38_143685_box_Incident_Summaries_173-233
Agency: Department of War
Page 50
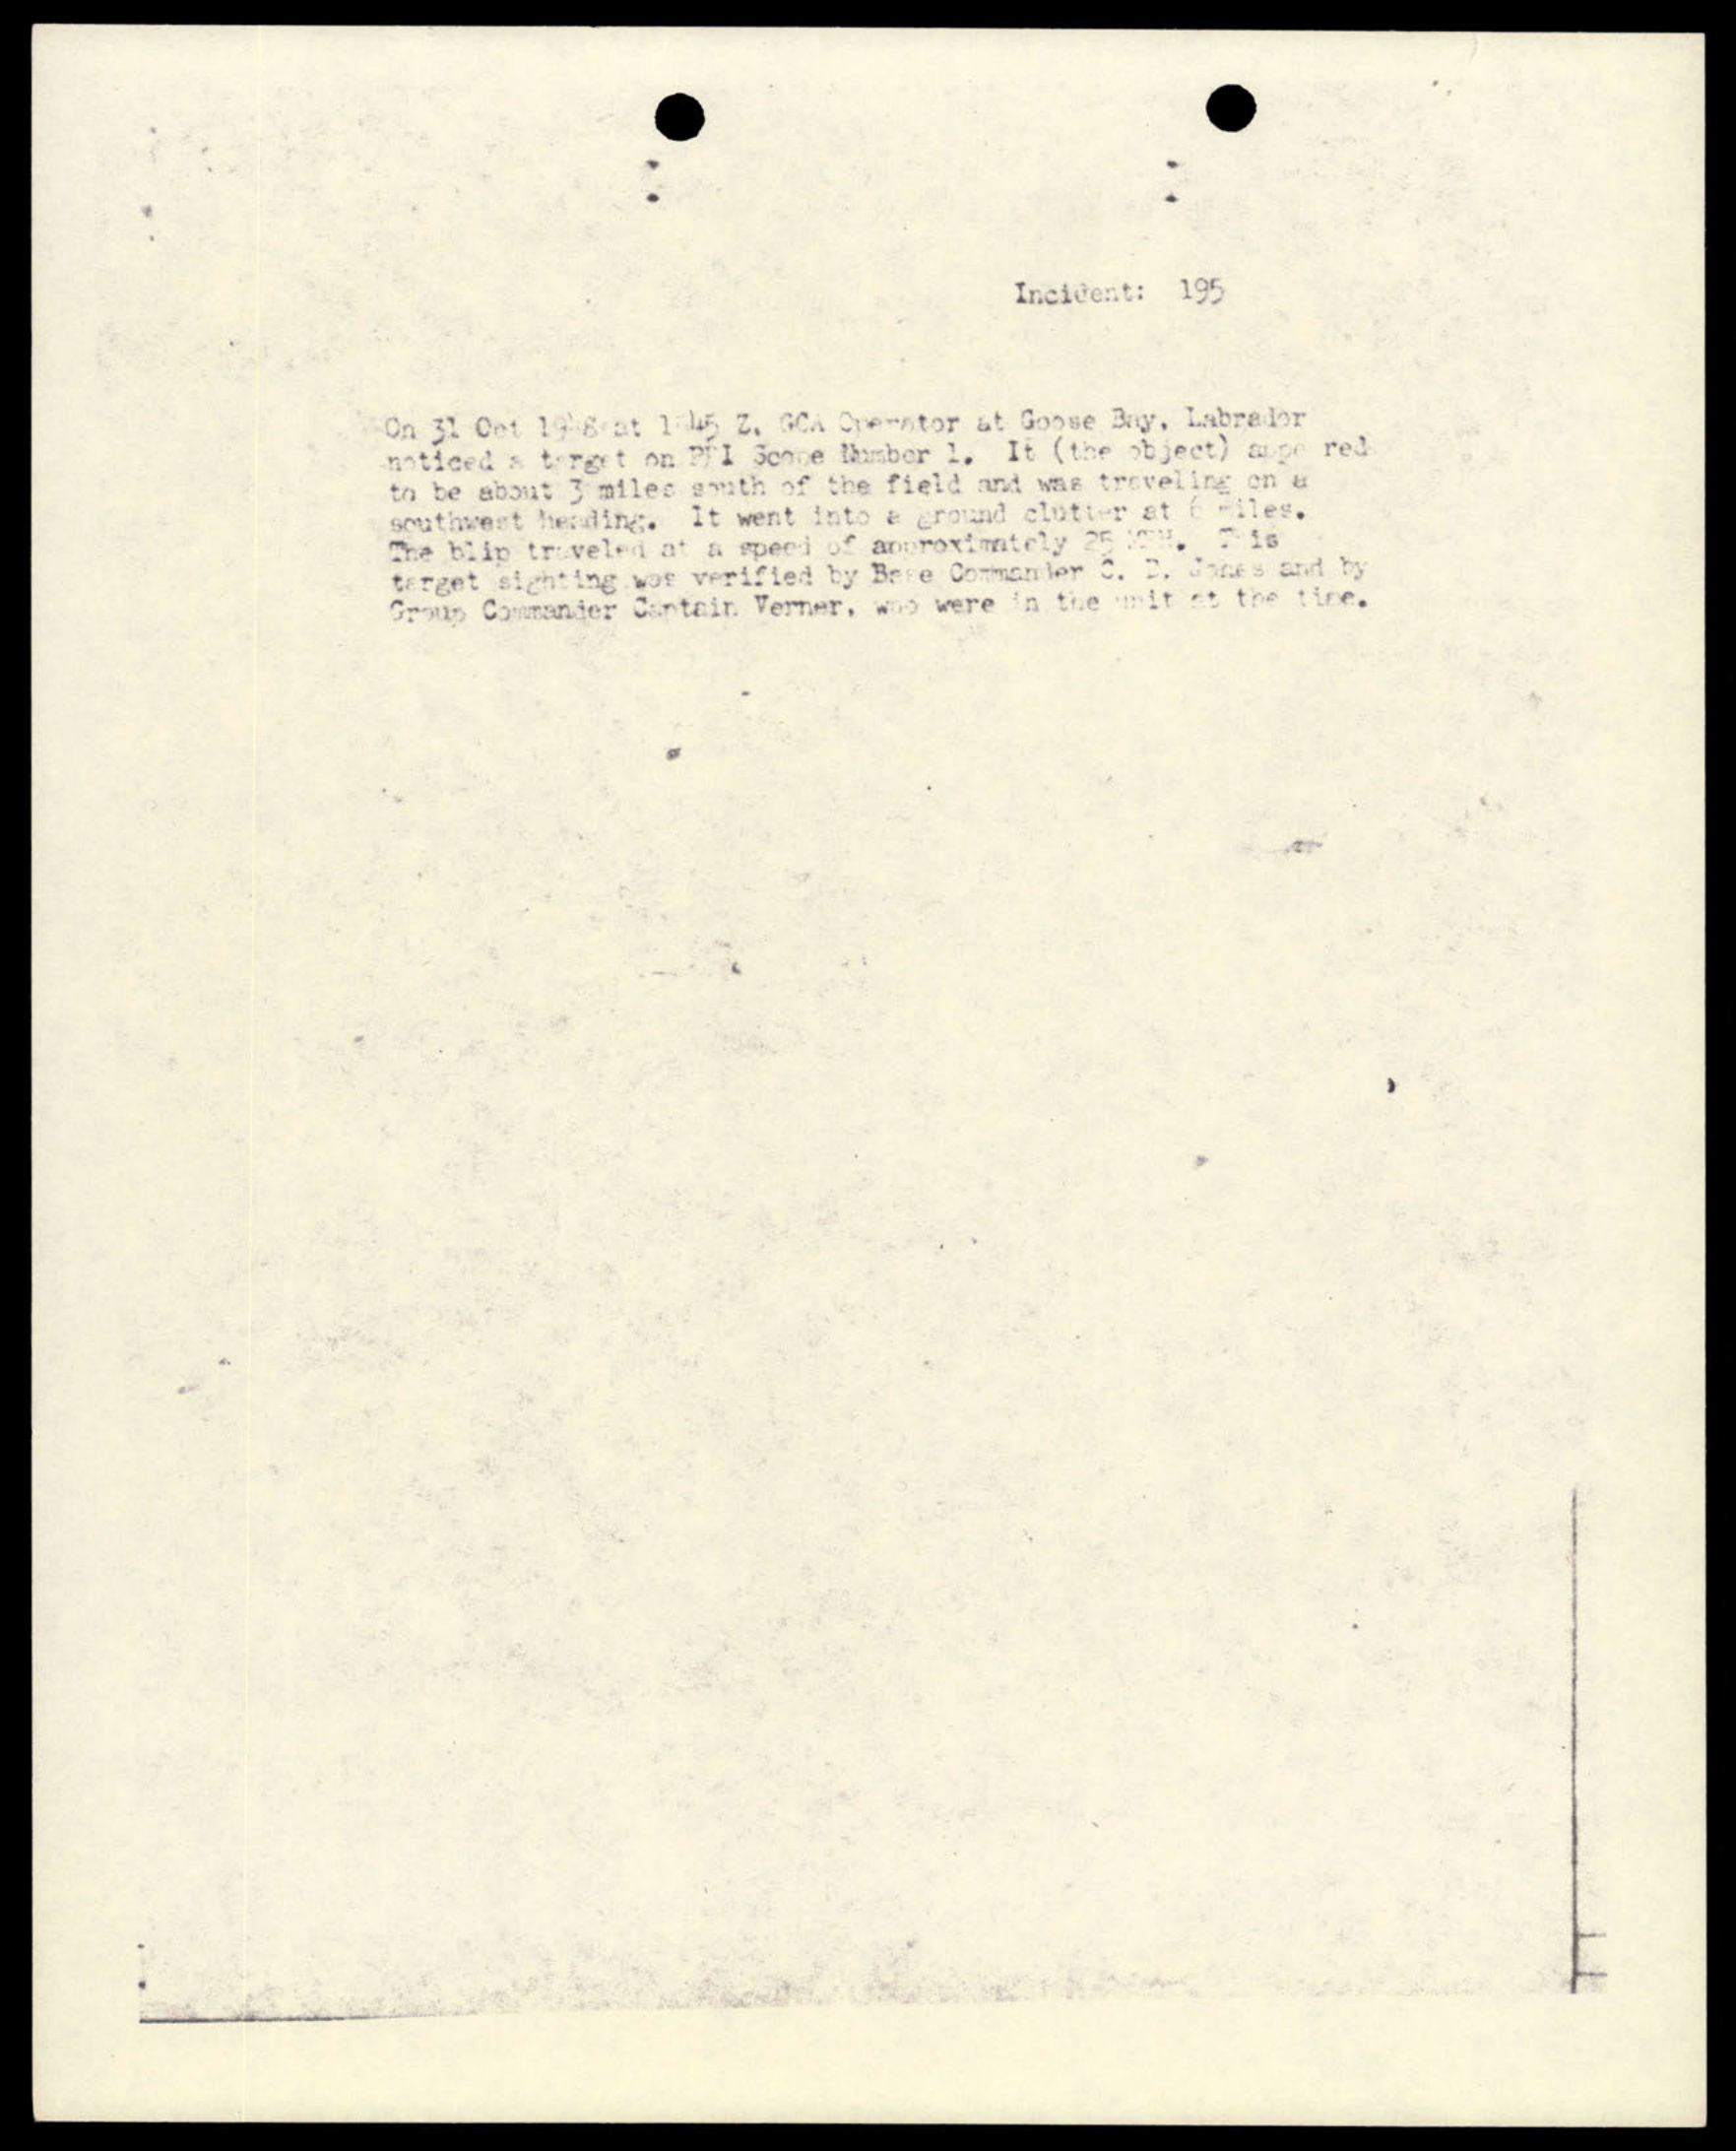